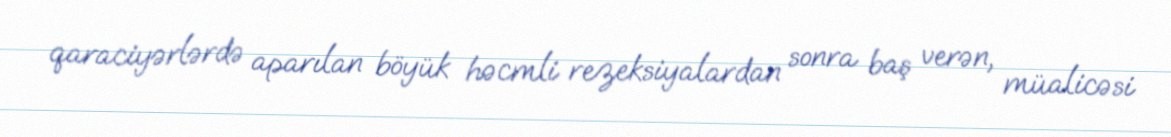
qaraciyərlərdə aparılan böyük həcmli rezeksiyalardan sonra baş verən, müalicəsi